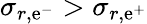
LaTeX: \sigma_{r,\mathrm{e}^{-}}>\sigma_{r,\mathrm{e}^{+}}